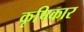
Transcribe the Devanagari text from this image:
कृषिकार